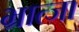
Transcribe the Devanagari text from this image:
भ्रात्जा